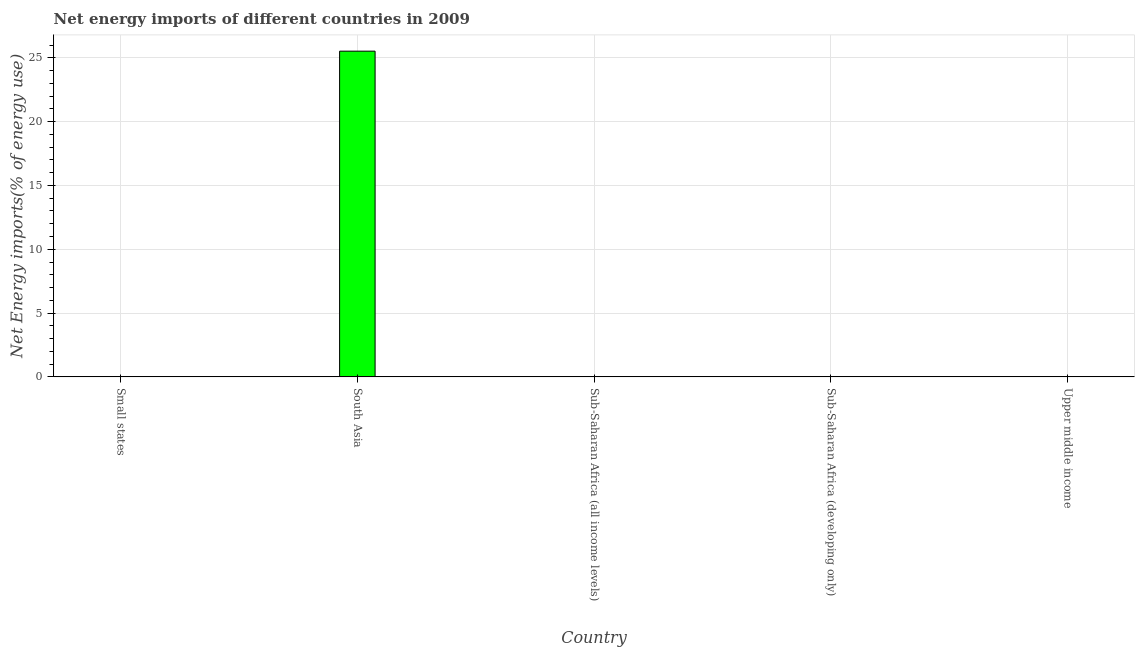
| Country | Energy imports |
 | --- | --- |
 | Small states | -96.2 |
 | South Asia | 25.5 |
 | Sub-Saharan Africa (all income levels) | -57.2 |
 | Sub-Saharan Africa (developing only) | -57.2 |
 | Upper middle income | -11.8 |